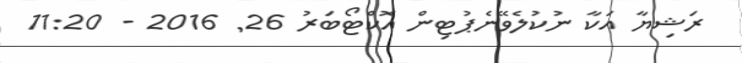
ރަޝިޔާާާާ އަކާ ނުކުލެވޭނެޕުޓިންް އޮކްޓޯބަރު 26